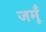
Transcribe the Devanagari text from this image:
जमूँ